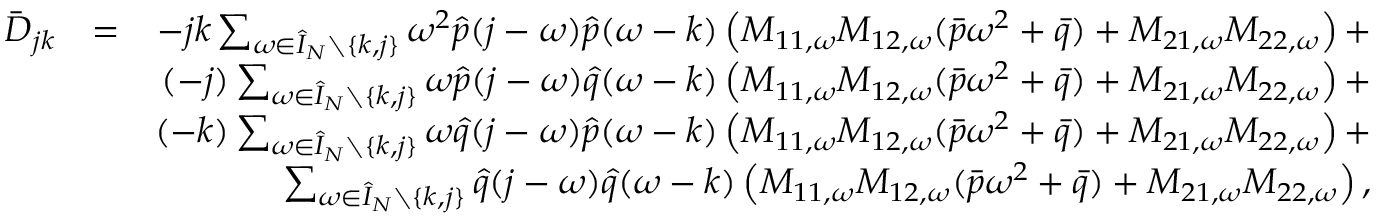
\begin{array} { r l r } { \bar { D } _ { j k } } & { = } & { - j k \sum _ { \omega \in \hat { I } _ { N } \setminus \{ k , j \} } \omega ^ { 2 } \hat { p } ( j - \omega ) \hat { p } ( \omega - k ) \left( M _ { 1 1 , \omega } M _ { 1 2 , \omega } ( \bar { p } \omega ^ { 2 } + \bar { q } ) + M _ { 2 1 , \omega } M _ { 2 2 , \omega } \right) + } \\ & { } & { ( - j ) \sum _ { \omega \in \hat { I } _ { N } \setminus \{ k , j \} } \omega \hat { p } ( j - \omega ) \hat { q } ( \omega - k ) \left( M _ { 1 1 , \omega } M _ { 1 2 , \omega } ( \bar { p } \omega ^ { 2 } + \bar { q } ) + M _ { 2 1 , \omega } M _ { 2 2 , \omega } \right) + } \\ & { } & { ( - k ) \sum _ { \omega \in \hat { I } _ { N } \setminus \{ k , j \} } \omega \hat { q } ( j - \omega ) \hat { p } ( \omega - k ) \left( M _ { 1 1 , \omega } M _ { 1 2 , \omega } ( \bar { p } \omega ^ { 2 } + \bar { q } ) + M _ { 2 1 , \omega } M _ { 2 2 , \omega } \right) + } \\ & { } & { \sum _ { \omega \in \hat { I } _ { N } \setminus \{ k , j \} } \hat { q } ( j - \omega ) \hat { q } ( \omega - k ) \left( M _ { 1 1 , \omega } M _ { 1 2 , \omega } ( \bar { p } \omega ^ { 2 } + \bar { q } ) + M _ { 2 1 , \omega } M _ { 2 2 , \omega } \right) , } \end{array}